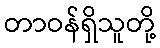
တာဝန်ရှိသူတို့